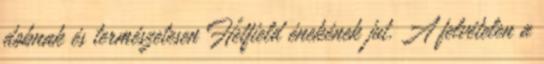
dobnak és természetesen Hetfield énekének jut. A felvételen a